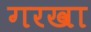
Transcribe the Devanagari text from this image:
गरखा